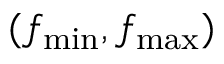
( f _ { \operatorname* { m i n } } , f _ { \operatorname* { m a x } } )